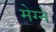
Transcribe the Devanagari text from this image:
मेग्ने